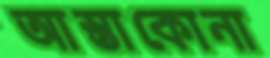
আস্তাকোনা